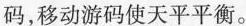
码，移动游码使天平平衡。